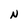
Character: N